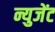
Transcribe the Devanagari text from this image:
न्युजेंट